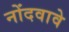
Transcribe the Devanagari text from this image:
नोंदवावे